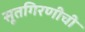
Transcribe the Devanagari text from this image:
सूतगिरणीची